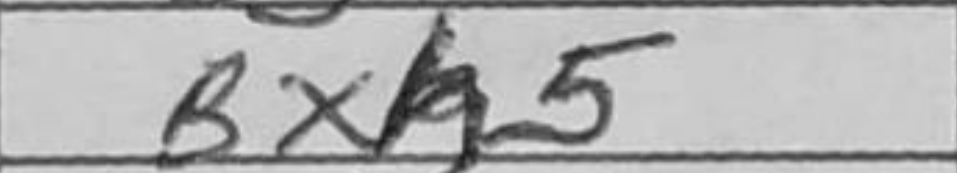
Transcription: Bh7